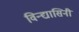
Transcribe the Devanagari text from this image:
विन्द्यासिनी